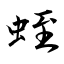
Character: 蛭